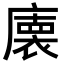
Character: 𭙾